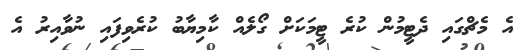
އެ މެޗްގައި ދެޓީމުން ކުރެ ޓީމަކަށް ގޯލެއް ކާމިޔާބު ކުރެވިފައި ނުވާއިރު އެ